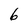
Character: 6